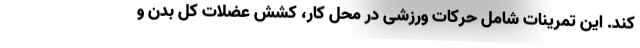
کند. این تمرینات شامل حرکات ورزشی در محل کار، کشش عضلات کل بدن و